Lunatic asylums in Bengal annual reports 1912-1924 - 1912-1924
Year: 1912
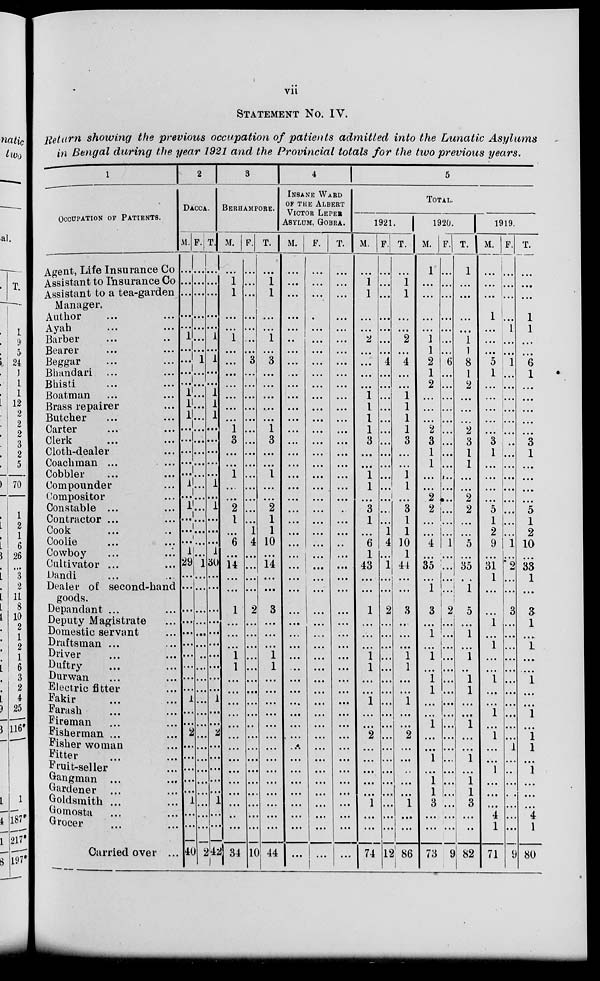
vii
STATEMENT No. IV.
Return showing the previous occupation of patients admitted into the Lunatic
Asylums
in Bengal during the year 1921 and the Provincial totals for the two previous years.
1
OCCUPATION OF PATIENTS.
Agent, Life Insurance Co
Assistant to Insurance Co
Assistant to a tea-garden
Manager.
Author ... ...
Ayah ... ...
Barber ... ...
Bearer ... ...
Beggar ... ...
Bhandari ... ...
Bhisti ... ...
Boatman ... ...
Brass repairer ...
Butcher ... ...
Carter ... ...
Clerk ... ...
Cloth-dealer ...
Coachman ... ...
Cobbler ... ...
Compounder ...
Compositor ...
Constable ... ...
Contractor ... ...
Cook ... ...
Coolie ... ...
Cowboy ... ...
Cultivator ... ...
Dandi ... ...
Dealer of second-hand
goods.
Depandant ... ...
Deputy Magistrate ...
Domestic servant ...
Draftsman ... ...
Driver ... ...
Duftry ... ...
Durwan ... ...
Electric fitter ...
Fakir ... ...
Farash ... ...
Fireman ... ...
Fisherman ... ...
Fisher woman ...
Fitter ... ...
Fruit-seller ...
Gangman ... ...
Gardener
... ...
Goldsmith ... ...
Gomosta ... ...
Grocer ... ...
Carried over ...
2
DACCA.
M.
...
...
...
...
...
1
...
...
...
...
1
1
1
...
...
...
...
...
1
...
1
...
...
...
1
29
...
...
...
...
...
...
...
...
...
...
1
...
...
2
...
...
...
...
...
1
...
...
40
F.
...
...
...
...
...
...
...
1
...
...
...
...
...
...
...
...
...
...
...
...
...
...
...
...
...
1
...
...
...
...
...
...
...
...
...
...
...
...
...
...
...
...
...
...
...
...
...
2
T.
...
...
...
...
...
1
...
1
...
...
1
1
1
...
...
...
...
...
1
...
1
...
...
...
1
30
...
...
...
...
...
...
...
...
...
...
1
...
...
2
...
...
...
...
...
1
...
...
42
3
BERHAMPORE.
M.
...
1
1
...
...
1
...
...
...
...
...
...
...
1
3
...
...
1
...
...
2
1
...
6
...
14
...
...
1
...
...
...
1
1
...
...
...
...
...
...
...
...
...
...
...
...
...
...
34
F.
...
...
...
...
...
...
...
3
...
...
...
...
...
...
...
...
...
...
...
...
...
...
1
4
...
...
...
...
2
...
...
...
...
...
...
...
...
...
...
...
...
...
...
...
...
...
...
...
10
T.
...
1
1
...
...
1
...
3
...
...
...
...
...
1
3
...
...
1
...
...
2
1
1
10
...
14
...
...
3
...
...
...
1
1
...
...
...
...
...
...
...
...
...
...
...
...
...
...
44
4
INSANE WARD
OF THE ALBERT
VICTOR LEPER
ASYLUM, GOBRA.
M.
...
...
...
...
...
...
...
...
...
...
...
...
...
...
...
...
...
...
...
...
...
...
...
...
...
...
...
...
...
...
...
...
...
...
...
...
...
...
...
...
...
...
...
...
...
...
...
...
...
F.
...
...
...
...
...
...
...
...
...
...
...
...
...
...
...
...
...
...
...
...
...
...
...
...
...
...
...
...
...
...
...
...
...
...
...
...
...
...
...
...
...
...
...
...
...
...
...
...
...
T.
...
...
...
...
...
...
...
...
...
...
...
...
...
...
...
...
...
...
...
...
...
...
...
...
...
...
...
...
...
...
...
...
...
...
...
...
...
...
...
...
...
...
...
...
...
...
...
...
...
5
TOTAL.
1921.
M.
...
1
1
...
...
2
...
...
...
...
1
1
1
1
3
...
...
1
1
...
3
1
...
6
1
43
...
...
1
...
...
...
1
1
...
...
1
...
...
2
...
...
...
...
...
1
...
...
74
F.
...
...
...
...
...
...
...
4
...
...
...
...
...
...
...
...
...
...
...
...
...
...
1
4
...
1
...
...
2
...
...
...
...
...
...
...
...
...
...
...
...
...
...
...
...
...
...
...
12
T.
...
1
1
...
...
2
...
4
...
...
1
1
1
1
3
...
...
1
1
...
3
1
1
10
1
44 ...
...
3
...
...
...
1
1
...
...
1
...
...
2
...
...
...
...
...
1
...
...
86
1920.
M.
1
...
...
...
...
1
1
2
1
2
...
...
...
2
3
1
1
...
...
2
2
...
...
4
...
35
...
1
3
...
1
...
1
...
1
1
...
...
1
...
...
1
...
1
1
3
...
...
73
F.
...
...
...
...
...
...
...
6
...
...
...
...
...
...
...
...
...
...
...
...
...
...
...
1
...
...
...
...
2
...
...
...
...
...
...
...
...
...
...
...
...
...
...
...
...
...
...
...
9
T.
1
...
...
...
...
1
1
8
1
2
...
...
...
2
3
1
1
...
...
2
2
...
...
5
...
35
...
1
5
...
1
...
1
...
1
1
...
...
1
...
...
1
...
1
1
3
...
...
82
1919.
M.
...
...
...
1
...
...
...
5
1
...
...
...
...
...
3
1
...
...
...
...
5
1
2
9
...
31
1
...
...
1
...
1
...
...
1
...
...
...
...
1
...
...
1
...
...
...
4
1
71
F.
...
...
...
...
1
...
...
1
...
...
...
...
...
...
...
...
...
...
...
...
...
...
...
1
...
2
...
...
3
...
...
...
...
...
...
...
...
...
...
...
1
...
...
...
...
...
...
...
9
T.
...
...
...
1
1
...
...
6
1
...
...
...
...
...
3
1
...
...
...
...
5
1
2
10
...
33
1
...
3
1
...
1
...
...
1
...
...
...
...
1
1
...
1
...
...
...
4
1
80